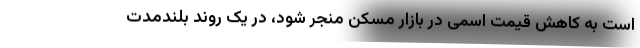
است به کاهش قیمت اسمی در بازار مسکن منجر شود، در یک روند بلندمدت